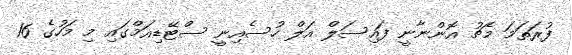
ފުރަތަމަ މެޗު އޮންނާނީ ފައިސަލް އަލް ހުސެއިނީ ސްޓޭޑިއަމްގައި މި މަހުގެ 16